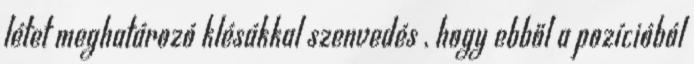
létet meghatározó klésákkal szenvedés , hogy ebből a pozícióból